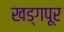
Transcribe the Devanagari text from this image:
खड्गपूर